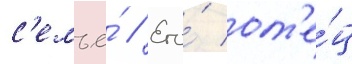
с'емье́ // Его́ от'е́ц